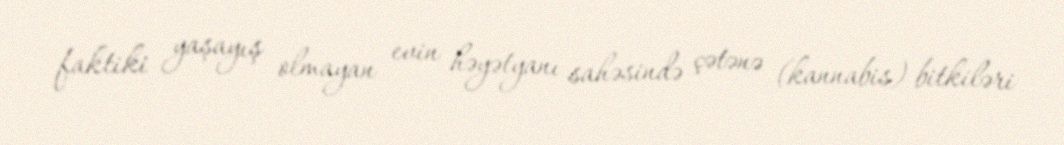
faktiki yaşayış olmayan evin həyətyanı sahəsində çətənə (kannabis) bitkiləri